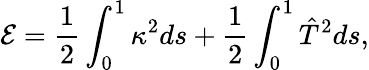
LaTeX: \mathcal{E}=\frac{1}{2}\int_{0}^{1}\kappa^{2}ds+\frac{1}{2}\int_{0}^{1}\hat{T}^{2}ds,